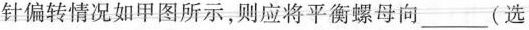
针偏转情况如甲图所示，则应将平衡螺母向___(选